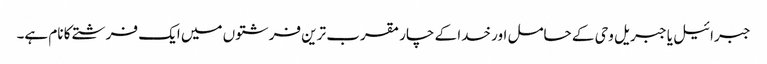
جبرائیل یا جبریل وحی کے حامل اور خدا کے چار مقرب ترین فرشتوں میں ایک فرشتے کا نام ہے۔